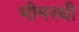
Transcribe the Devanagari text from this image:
भीमरथी